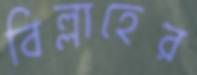
বিল্লাহের